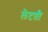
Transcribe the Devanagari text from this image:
लेटती